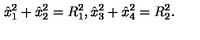
\hat { x } _ { 1 } ^ { 2 } + \hat { x } _ { 2 } ^ { 2 } = R _ { 1 } ^ { 2 } , \hat { x } _ { 3 } ^ { 2 } + \hat { x } _ { 4 } ^ { 2 } = R _ { 2 } ^ { 2 } .